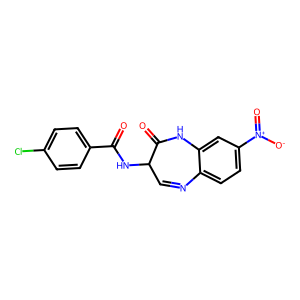
SMILES: O=C(NC1C=Nc2ccc([N+](=O)[O-])cc2NC1=O)c1ccc(Cl)cc1
Inhibits HIV replication: No